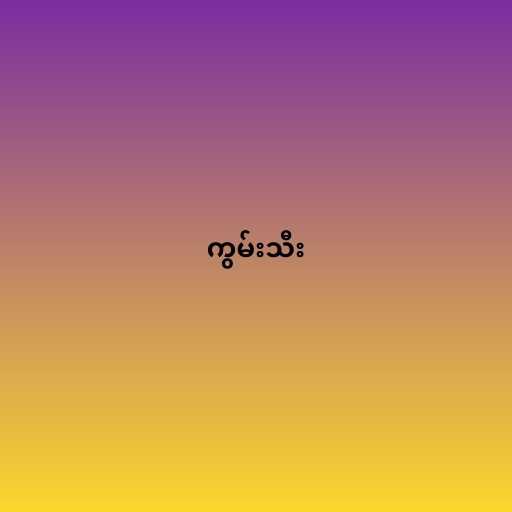
ကွမ်းသီး